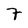
Character: 7